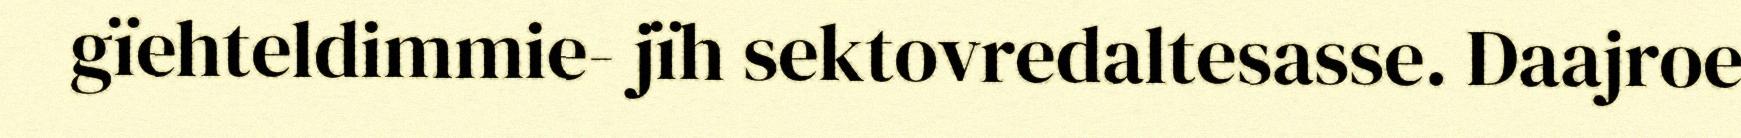
gïehteldimmie- jïh sektovredaltesasse. Daajroe